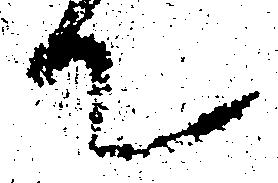
て